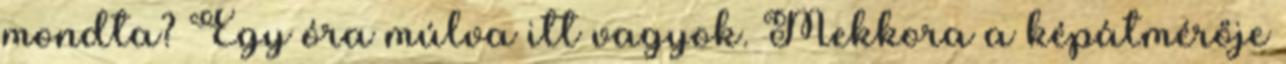
mondta? Egy óra múlva itt vagyok. Mekkora a képátmérője